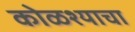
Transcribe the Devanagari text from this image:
कोळश्याचा